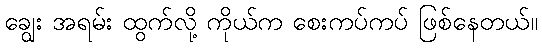
ချွေး အရမ်း ထွက်လို့ ကိုယ်က စေးကပ်ကပ် ဖြစ်နေတယ်။